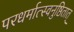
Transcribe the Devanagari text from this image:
परधर्मात्स्वनुष्ठितात्